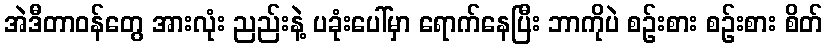
အဲဒီတာဝန်တွေ အားလုံး ညည်းနဲ့ ပခုံးပေါ်မှာ ရောက်နေပြီး ဘာကိုပဲ စဉ်းစား စဉ်းစား စိတ်